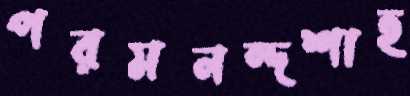
পরমনন্দশাহ